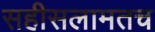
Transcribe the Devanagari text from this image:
सहीसलामतच